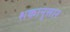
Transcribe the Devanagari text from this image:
शकानुसार